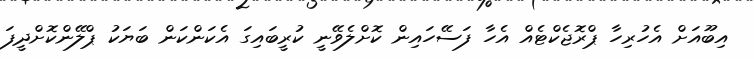
އިބޫއަށް އެހުރިހާ ޕްރޮޖެކްޓެއް އެހާ ފަސޭހައިން ކޮށްލެވޭނީ ކުރީބައިގަ އެކަންކަން ބަޔަކު ޕްލޭންކޮށްދީފަ